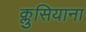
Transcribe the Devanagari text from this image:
क्लुसियाना